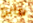
مايو